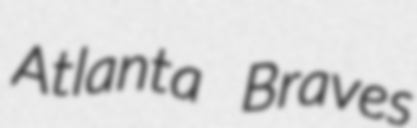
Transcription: Atlanta Braves